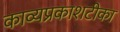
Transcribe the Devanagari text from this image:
काव्यप्रकाशटीका